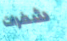
شفرات